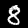
Digit: 8